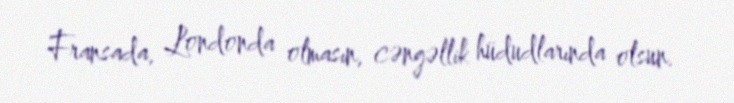
Fransada, Londonda olmasın, cəngəllik hüdudlarında olsun.